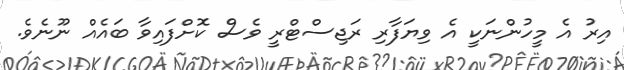
އިރު އެ މީހުންނަކީ އެ ވިޔަފާރި ރަޖިސްޓްރީ ވެސް ކޮށްފައިވާ ބައެއް ނޫނެވެ.